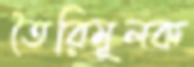
তৈরিমূলক